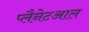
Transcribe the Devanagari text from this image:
प्लैनेटआल